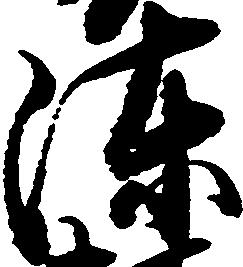
陳